King Institute of Preventive Medicine Micro-Biological Section reports 1909-11
Year: 1909
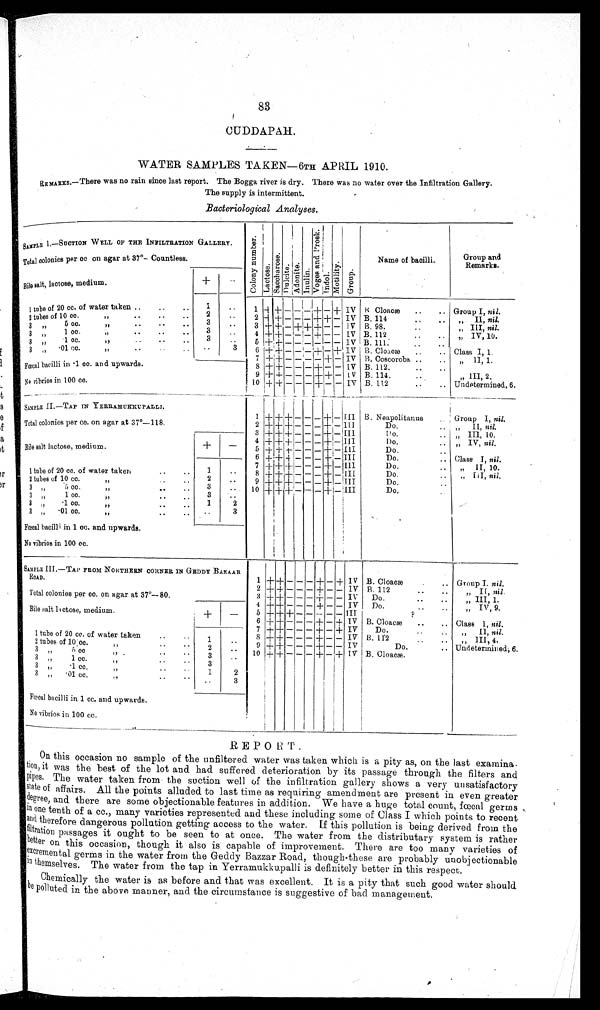
83
CUDDAPAH.
WATER SAMPLES TAKEN—6TH APRIL 1910.
REMARKS.—There was no rain since last report. The Bogga river is dry. There was no water over the Infiltration Gallery.
The supply is intermittent.
Bacteriological Analyses.
SAMPLE I.—SUCTION WELL OF THE INFILTRATION GALLERY.
C o l o n y n u mb e r .
L a c t o s e .
S a c c h a r o s e .
Dul c i t e .
Adoni t e.
I n u l i n .
V o g e s a n d P r o s k .
Indol .
Mot i l i t y.
Group.
Name of bacilli.
Group and
Remarks.
Total colonies per cc on agar at 37°—Countless.
Bile salt, lactose, medium.
+
-
1
t ube of
2 0 c c . of water taken .. .. ..
1
. .
1 + + -
- - +
- + IV B Cloacæ
..
.. Group I, nil.
2
tubes of 10 cc.
„
..
..
..
2
. .
2 + + - - - + + - IV B. 114
..
„
II, nil.
3
„
5 cc.
„
..
..
3
. .
3 +
+ - + + + - -
IV B. 98.
..
„
III, nil.
3
„
1 cc.
„
..
3
. .
4 + + - - - + - - IV B. 112
..
..
„ IV, 10.
3
„
. 1 c c .
„
..
3
. . 5 + + - - - - - - IV B. 111.
..
..
3
„
.01 cc.
„
. . . .
. .
3
6 + + - - - + - + IV B. Cloacæ
..
.. Class I, 1.
7 + + - - - - + - IV B. Coscoroba ..
..
„ II, 1.
Fœcal bacilli in .1 cc. and upwards.
8 + + - - - + - -
IV B. 112.
..
9 + + - - - + + - IV B. 114.
..
„
III, 2.
No vibrios in 100 cc.
10 + + - - - + - - IV B. 112
..
.. Undetermined, 6.
SAMPLE II.—TAP IN YERRAMUKKUPALLI.
1 + + + - - - + - III
B. Neapolitanus
Group I, nil.
Total colonies per cc. on agar at 37°—118.
2 + + + - - - + - III
Do.
..
„
I I ,n i l .
3 + + + - - - + - III
Do. ..
„
III, 10.
4
+
+ + - - - + - III
Do. ..
„
I V, nil.
Bile salt lactose, medium.
+
-
5 +
+ + - - - + - III
Do.
..
6 + + + - - - + - III
Do.
.. Class I, nil.
7 + + +
- - - + - III
Do. ..
„
II, 10.
1 tube of
2 0 c c . of water taken ..
1
. .
8 + + + - - - + - III
Do.
..
„
I I I ,
n i l .
2 tubes of 10 cc.
„
..
2
. .
9 + + + - - - +
III
Do.
..
3
„
5 cc.
„
..
..
3
. . 10 + + +
- - - + - III
Do.
..
3
„
1 cc.
,,
..
3
. .
3
„
.1 cc.
„
.. ..
1
2
3
„
. 0 1 c c .
„
..
. .
3
Fœcal bacilli in 1 cc. and upwards.
No vibrios in 100 cc.
SAMPLE III.—TAP FROM NORTHERN CORNER IN GEDDY BAZAAR
ROAD.
1 + + - - - + - + IV B. Cloacæ
.. Group I. nil.
2 + + - - - + - -
IV B. 112
..
..
„ II, nil.
Total colonies per cc. on agar at 37°—80.
3 + + - - - + - - IV
Do.
..
..
,,
III, 1.
4 + + - - - + - -
IV
D o .
. .
„ IV, 9.
Bile salt lactose, medium.
+
-
5 + + + - - - - -
I I I
?
6 + + - - - + - + IV B. Cloacæ
..
.. Class I, nil.
7 + + - - - + - + IV
Do.
..
, ,
I I ,
n i l .
1 tube of 20 cc.
o f w a t e r t a k e n
. .
1
. .
8 + + - - - + - - IV B. 112
..
,,
III, 4.
2 tubes of 10 cc.
,, .. ..
2
. .
9 + + - - - + - -
I V
Do.
.. Undetermined, 6.
3 ,,
5 cc
,,
. .
. .
3
. .
10 + + - - - + - + IV B. Cloacæ.
3 „
1 cc.
,,
. .
. .
3
3 „
.1 cc.
, ,
. .
. .
1
2
3
, ,
.01 cc.
„
..
..
. .
3
Fœcal bacilli in 1 cc. and upwards.
No vibrios in 100 cc.
REPORT.
On this occasion no sample of the unfiltered water was taken which is a pity as, on the last examina-
tion, it was the best of the lot and had suffered deterioration by its passage through the filters and
p i p e s . T h e w a t e r t a k e n f r o m t h e s u c t i o n w e l l o f t h e i n f i l t r a t i o n g a l l e r y s h o w s a v e r y u n s a t i s f a c t o r y
state of affairs. All the points alluded to last time as requiring amendment are present in even greater
degree, and there are some objectionable features in addition. We have a huge total count, fœcal germs
in one tenth of a cc., many varieties represented and these including some of Class I which points to recent
and therefore dangerous pollution getting access to the water. If this pollution is being derived from the
f i l t r a t i o n p a s s a g e s i t o u g h t t o b e s e e n t o a t o n c e . T h e w a t e r f r o m t h e d i s t r i b u t a r y s y s t e m i s r a t h e r
better on this occasion, though it also is capable of improvement. There are too many varieties of
excremental germs in the water from the Geddy Bazzar Road, though these are probably unobjectionable
in themselves. The water from the tap in Yerramukkupalli is definitely better in this respect.
Chemically the water is as before and that was excellent. It is a pity that such good water should
be polluted in the above manner, and the circumstance is suggestive of bad management.